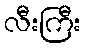
လီးကြီး